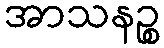
အာသနဉ္စ